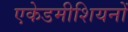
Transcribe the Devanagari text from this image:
एकेडमीशियनों